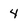
Character: 4